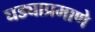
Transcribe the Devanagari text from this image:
घड्याप्रमाणे